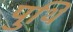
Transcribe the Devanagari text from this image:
पुथि